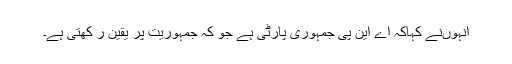
انہوںنے کہاکہ اے این پی جمہوری پارٹی ہے جو کہ جمہوریت پر یقین ر کھتی ہے۔